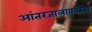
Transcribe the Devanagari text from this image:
आंतरजालाकरिता